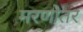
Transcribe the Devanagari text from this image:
मरणोतर